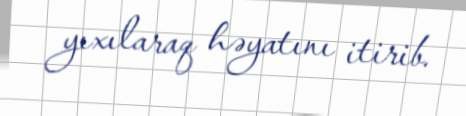
yıxılaraq həyatını itirib.